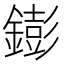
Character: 𨭌